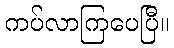
ကပ်လာကြပေပြီ။